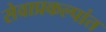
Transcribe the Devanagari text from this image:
सेवाप्रकल्पांत